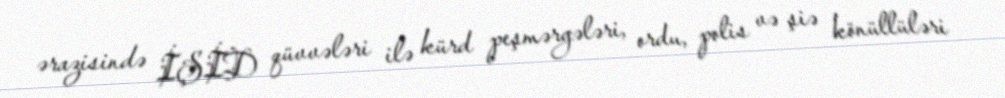
ərazisində İŞİD qüvvələri ilə kürd peşmərgələri, ordu, polis və şiə könüllüləri